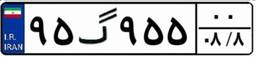
۹۵گ۹۵۵۰۰